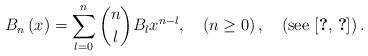
\begin{align*}B_{n}\left(x\right)=\sum_{l=0}^{n}\dbinom{n}{l}B_{l}x^{n-l},\quad\left(n\ge0\right),\quad\left(\mbox{see \cite{key-29,key-30}}\right).\end{align*}